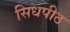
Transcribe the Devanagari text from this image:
सिधपीठ